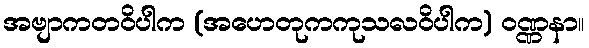
အဗျာကတဝိပါက (အဟေတုကကုသလဝိပါက) ဝဏ္ဏနာ။